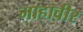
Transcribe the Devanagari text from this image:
माहावीर